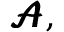
\pmb { \mathcal { A } } ,